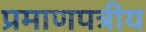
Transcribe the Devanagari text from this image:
प्रमाणपत्रीय